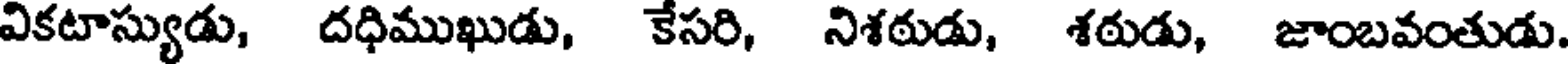
వికటాస్యుడు, దధిముఖుడు, కేసరి, నిశఠుడు, శఠుడు, జాంబవంతుడు.